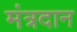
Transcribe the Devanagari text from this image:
मंत्रदान